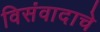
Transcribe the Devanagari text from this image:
विसंवादाचे